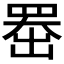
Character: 𫥨